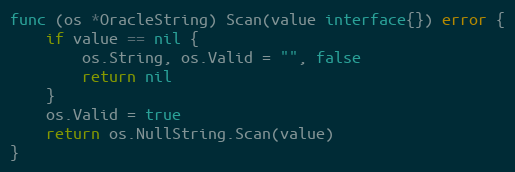
Language: Go
func (os *OracleString) Scan(value interface{}) error {
	if value == nil {
		os.String, os.Valid = "", false
		return nil
	}
	os.Valid = true
	return os.NullString.Scan(value)
}